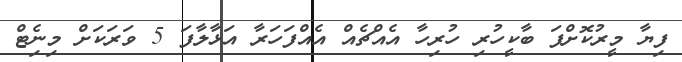
ފިޔާ މީރުކޮށްފަ ބާކީހުރި ހުރިހާ އެއްޗެއް އެއްފަހަރާ އަޅާލާފަ 5 ވަރަކަށް މިނިެޓް